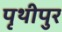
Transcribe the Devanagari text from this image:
पृथीपुर